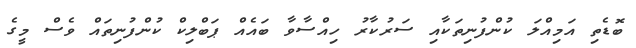
ބޮޑެތި އަމިއްލަ ކުންފުނިތަކާއި ސަރުކާރު ހިއްސާވާ ބައެއް ޕަބްލިކް ކުންފުނިތައް ވެސް މީގެ